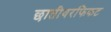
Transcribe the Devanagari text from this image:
छातीवरफिकट